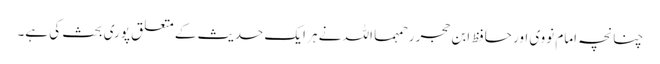
چنانچہ امام نووی اور حافظ ابن حجر رحمہما اللہ نے ہر ایک حدیث کے متعلق پوری بحث کی ہے۔